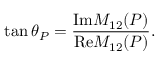
\tan { \theta } _ { P } = \frac { \mathrm { { I m } } M _ { 1 2 } ( P ) } { { \mathrm { R e } } M _ { 1 2 } ( P ) } .